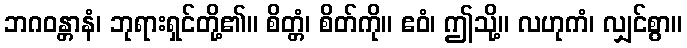
ဘဂဝန္တာနံ၊ ဘုရားရှင်တို့၏။ စိတ္တံ၊ စိတ်ကို။ ဧဝံ၊ ဤသို့။ လဟုကံ၊ လျှင်စွာ။